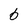
Character: 6